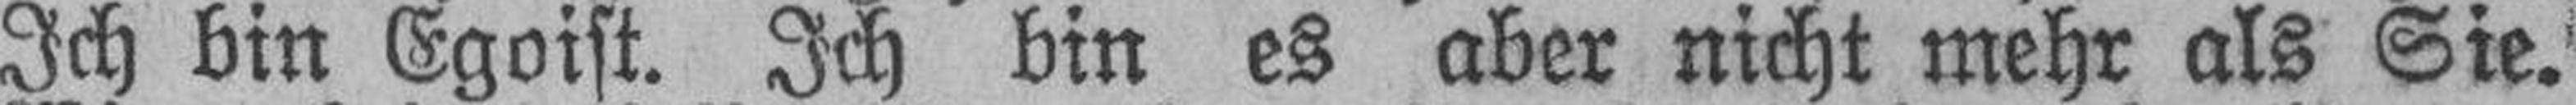
Ich bin Egoist. Ich bin es aber nicht mehr als Sie.